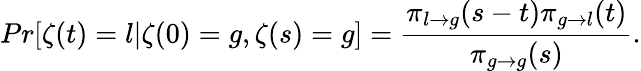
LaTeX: Pr[\zeta(t)=l|\zeta(0)=g,\zeta(s)=g]=\frac{\pi_{l\to g}(s-t)\pi_{g\to l}(t)}{\pi_{g\to g}(s)}.